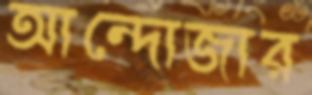
আন্দোজার